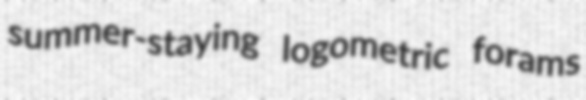
summer-staying logometric forams